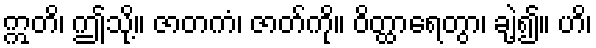
ဣတိ၊ ဤသို့။ ဇာတကံ၊ ဇာတ်ကို။ ဝိတ္ထာရေတွာ၊ ချဲ့၍။ ဟိ၊